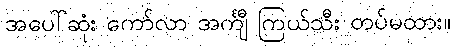
အပေါ်ဆုံး ကော်လာ အင်္ကျီ ကြယ်သီး တပ်မထား။